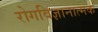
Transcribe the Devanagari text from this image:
रोगविज्ञानात्मक